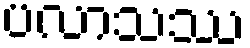
ပလာသဿ